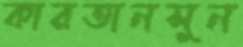
কারতানসুন